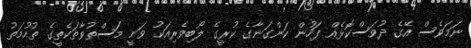
ނަމަވެސް އޭގެ ދުވަސްކޮޅެއް ފަހުން ކަންގަނާގެ ކުރީގެ ލޯބިވެރިއަކު ވަނީ މަސްތުވާތަކެތީގެ ތުހުމަތު